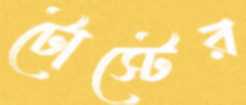
টোস্টের